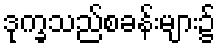
ဒုက္ခသည်စခန်းများ၌